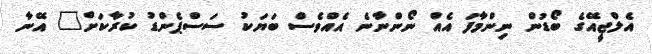
އެލްޖީއޭގެ ބޯޑުން ނިންމާފަ އެއް ނޯންނާނެ އެއްވެސް ބަޔަކު ސަސްޕެންޑު ކުރާކަށް" އޭނާ